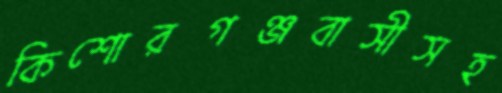
কিশোরগঞ্জবাসীসহ